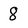
Character: 8